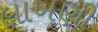
લાખણી